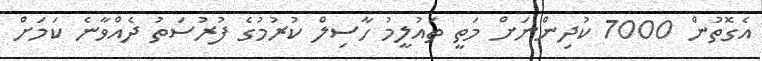
އެގޮތުން 7000 ކުދިންނަށް މަތީ ތައުލީމު ހާސިލް ކުރުމުގެ ފުރުސަތު ދެއްވާނެ ކަމަށް